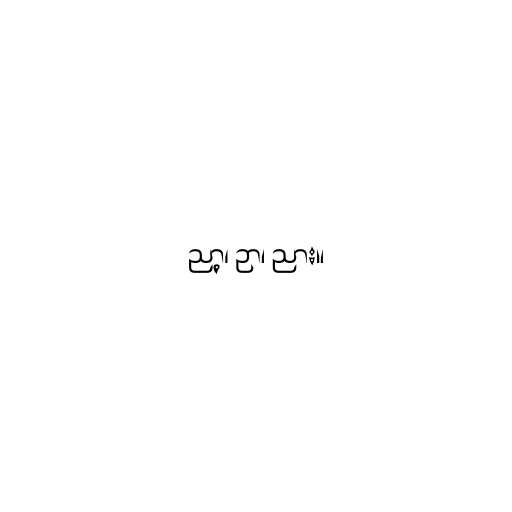
ညာ့၊ ဉာ၊ ညား။